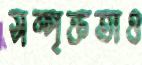
সম্পৃক্ততাও